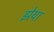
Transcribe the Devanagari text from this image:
झेया